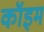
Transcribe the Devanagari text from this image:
कॉइम